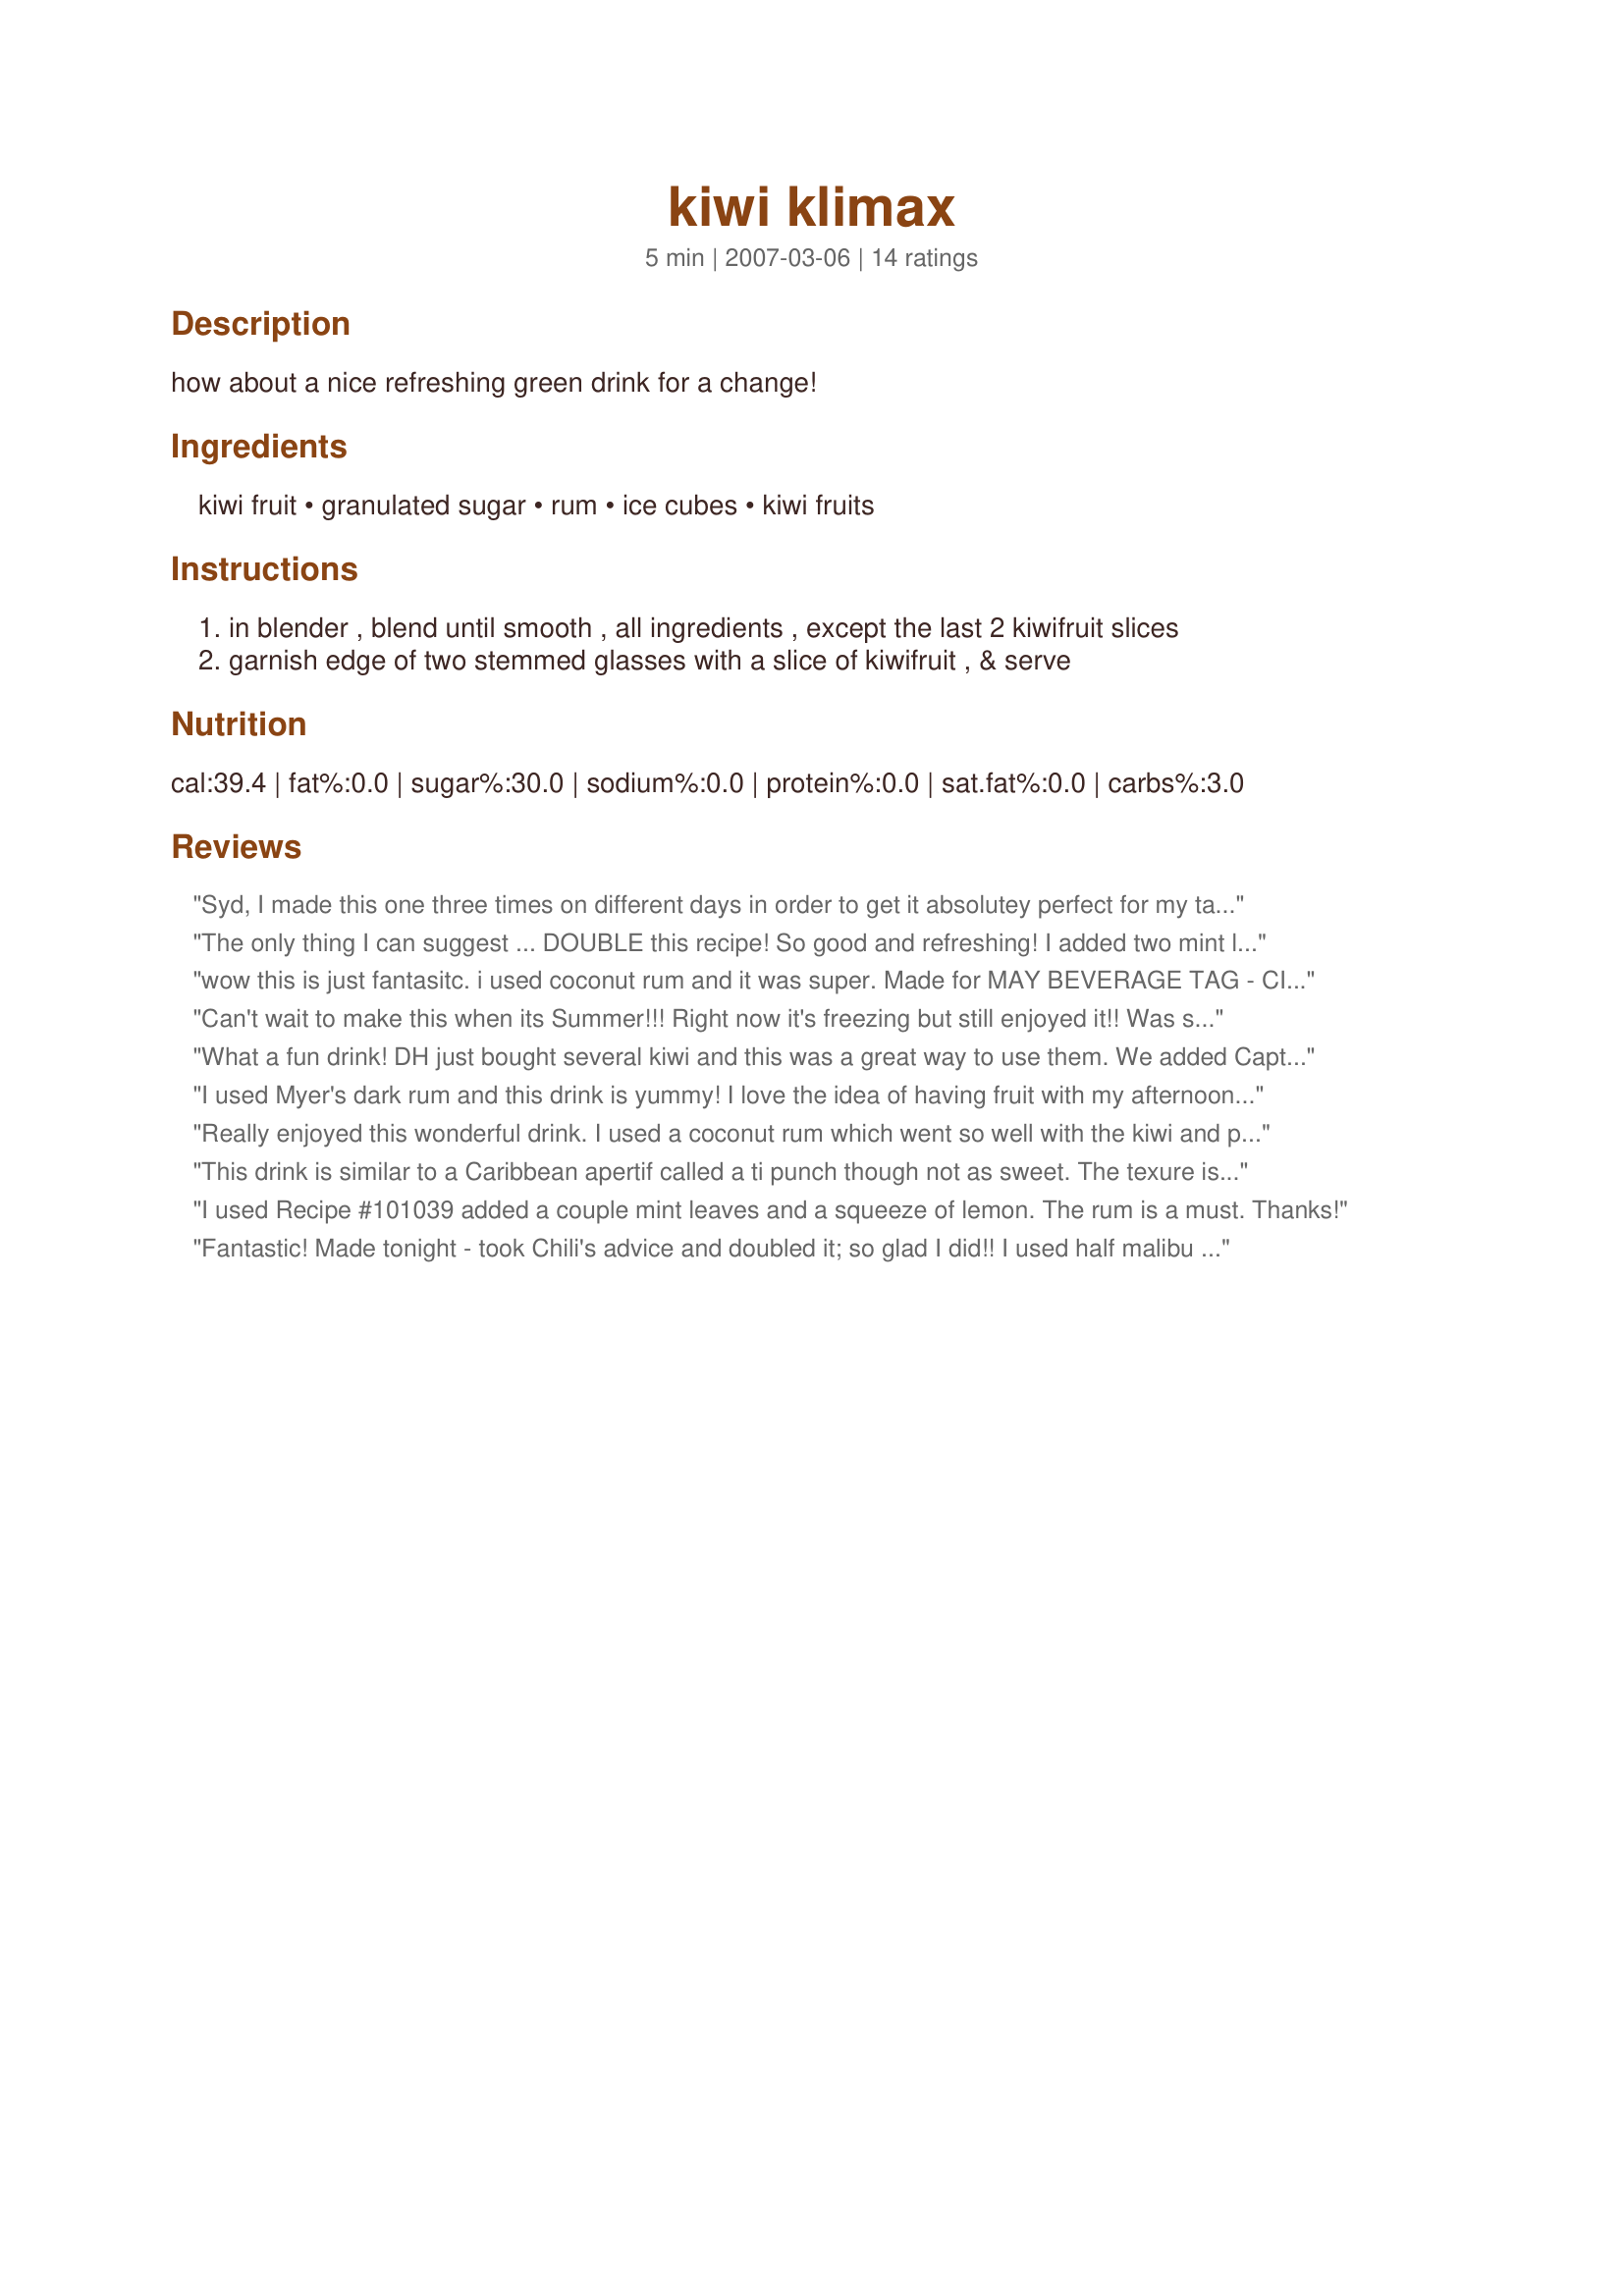
kiwi klimax
Preparation time: 5 minutes

how about a nice refreshing green drink for a change!

Ingredients:
kiwi fruit, granulated sugar, rum, ice cubes, kiwi fruits

Steps:
in blender , blend until smooth , all ingredients , except the last 2 kiwifruit slices
garnish edge of two stemmed glasses with a slice of kiwifruit , & serve

Reviews:
Syd, I made this one three times on different days in order to get it absolutey perfect for my tastes, and in all cases I added White rum. The first time I thought that there was too much ice to fruit ratio and that because I like tart tastes that the sugar could be lessened. The second time I used 3 kiwifruits and no sugar... um.. wrong, it needed some after all. I drank the lot to see if the sugar free taste would grow on me.. it didn't. Third time lucky I used 3 kiwifruits to 8 large icecubes crushed, added 1 teaspoon of sugar to the mix and used one teaspoon of ( in my case - coloured) sugar around the rim of the glass. Jackpot! A clean green refreshing taste that's unexpected and wonderful. I usually cook with rum rather than drink it too, so maybe I need to try more rum beverage recipes because this Rocks! DH however turned his nose up, but he doesn't tolerate any type of tart taste at all, so it was no particular surprise. Please see my rating system: an excellent 5 stars for a recipe that's especially suited to lovers of tart tastes and kiwifruit flavour. If you have never tried rum before then I recommend this too. Thanks !
The only thing I can suggest ... DOUBLE this recipe! So good and refreshing! I added two mint leaves in mine and blended them in..
Thanks Syd!
wow this is just fantasitc. i used coconut rum and it was super. Made for MAY BEVERAGE TAG - CINCO DE MAYO
yummy
Can't wait to make this when its Summer!!! Right now it's freezing but still enjoyed it!! Was surprised how tasty it turned out!!! Used some Splenda instead of sugar and did add some rum ;) - Thanks SM!! :)
What a fun drink! DH just bought several kiwi and this was a great way to use them. We added Captain Morgan spiced rum and these went down easily. Thanks Sydney Mike for a tasty and unusual drink.
I used Myer's dark rum and this drink is yummy! I love the idea of having fruit with my afternoon cocktail I used about 1 tsp. of sugar. I can't wait to have this on a hot summer day! Thanks, Sydney Mike, for a great green drink!
Really enjoyed this wonderful drink. I used a coconut rum which went so well with the kiwi and poured it over ice so made on the rocks. A wonderful treat in the middle of a hectic day. Thanks so much for sharing.
This drink is similar to a Caribbean apertif called a ti punch though not as sweet. The texure is thick but smooth and the kiwi flavour is very subtle. Very enjoyable. Next time just one ounce of rum for me as it was a bit strong.
I used Recipe #101039 added a couple mint leaves and a squeeze of lemon. The rum is a must. Thanks!
Fantastic! Made tonight - took Chili's advice and doubled it; so glad I did!! I used half malibu rum and have bacardi - perfection! Oh and since I was cutting up 2 kiwi for each drink I used all but 2 slices and threw the remaining kiwi in the drink. Very much enjoyed and will have to make again when kiwi's are on sale. Made for Please Review My Recipe tag game.
Excellent drink. I made the rum version. I used 1 packet of splenda (as usual) with great results. This would be a fun drink for a dinner party (or for St. Patty's day)! Made for Bevy Tag Beat the Heat Aug 208.
Syd this drink is wonderful, my DH loved it, I also doubled it and I am glad I did, I look forward to making this again, thanks for sharing!
Whoa, this was definitely an unusual but tasty drink! I loved it. I plan to serve it to guest during the summer months as it is very refreshing. The temp is 80 today and I got a head start. Terrific lil drink Syd, I'll be keeping it in my favorites if you don't mind. Cheers ~V
What a great drink Syd. Really quick and easy to make. As others have stated this cocktail is a little unusual. I love the colour, the textures and the tart taste. It is a very refreshing small drink. Thanks for sharing your tasty treat with us.
